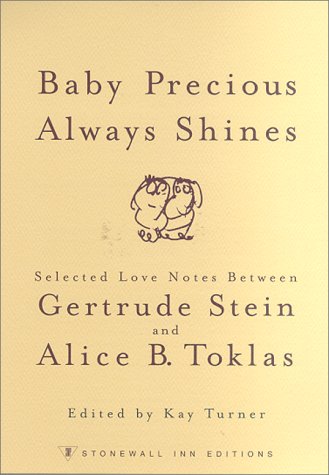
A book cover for Baby Precious Always Shines: Selected Love Notes Between Gertrude Stein and Alice B. Toklas; Gay & Lesbian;